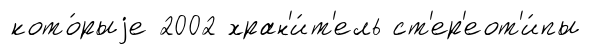
кото́рыjе 2002 хран'и́т'ель ст'ер'еот'и́пы